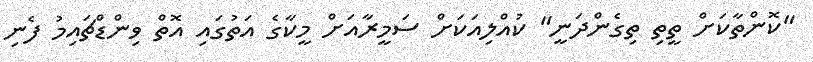
"ކޮންތާކަށް ތީތި ތިގެންދަނީ" ކުއްލިއަކަށް ސަމީރާއަށް މީކާގެ އަތުގައި އޮތް ވިންޑްޗައިމު ފެނި